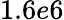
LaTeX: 1.6e6